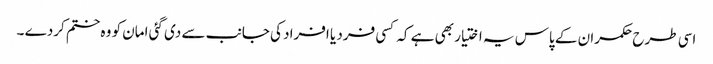
اسی طرح حکمران کے پاس یہ اختیار بھی ہے کہ کسی فرد یا افراد کی جانب سے دی گئی امان کو وہ ختم کردے ۔